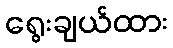
ရွေးချယ်ထား